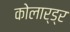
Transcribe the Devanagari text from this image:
कोलार्ड्र